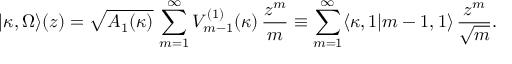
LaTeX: | \kappa , \Omega \rangle ( z ) = \sqrt { A _ { 1 } ( \kappa ) } \, \sum _ { m = 1 } ^ { \infty } V _ { m - 1 } ^ { ( 1 ) } ( \kappa ) \, \frac { z ^ { m } } { m } \equiv \sum _ { m = 1 } ^ { \infty } \langle \kappa , 1 | m - 1 , 1 \rangle \, \frac { z ^ { m } } { \sqrt { m } } .